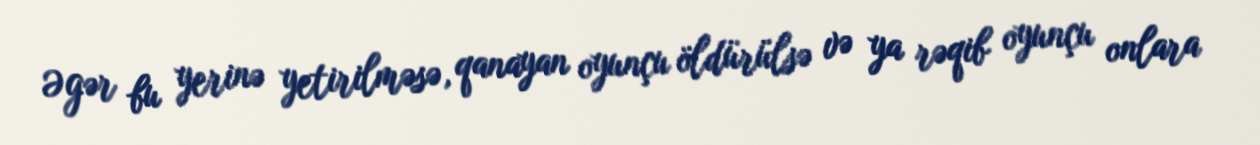
Əgər bu yerinə yetirilməsə, qanayan oyunçu öldürülsə və ya rəqib oyunçu onlara